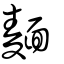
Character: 麵